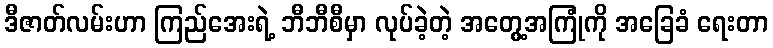
ဒီဇာတ်လမ်းဟာ ကြည်အေးရဲ့ ဘီဘီစီမှာ လုပ်ခဲ့တဲ့ အတွေ့အကြုံကို အခြေခံ ရေးတာ